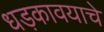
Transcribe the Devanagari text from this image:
धड़कावयाचे